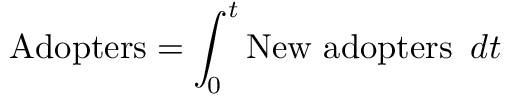
\ { \mathrm { A d o p t e r s } } = \int _ { 0 } ^ { t } { \mathrm { N e w ~ a d o p t e r s ~ } } \, d t